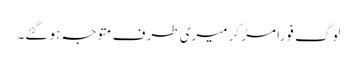
لوگ فوراً مڑ کر میری طرف متوجہ ہو گئے۔